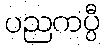
ပညကပ္ပီ